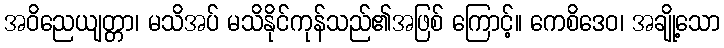
အဝိညေယျတ္တာ၊ မသိအပ် မသိနိုင်ကုန်သည်၏အဖြစ် ကြောင့်။ ကေစိဒေဝ၊ အချို့သော